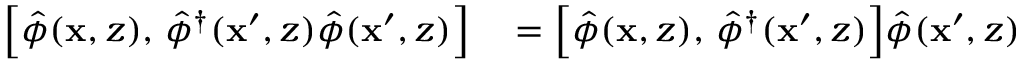
\begin{array} { r l } { \Bigl [ \hat { \phi } ( \mathbf { x } , z ) , \, \hat { \phi } ^ { \dagger } ( \mathbf { x } ^ { \prime } , z ) \hat { \phi } ( \mathbf { x } ^ { \prime } , z ) \Bigr ] } & { { } = \Bigl [ \hat { \phi } ( \mathbf { x } , z ) , \, \hat { \phi } ^ { \dagger } ( \mathbf { x } ^ { \prime } , z ) \Bigr ] \hat { \phi } ( \mathbf { x } ^ { \prime } , z ) } \end{array}